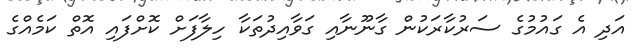
އަދި އެ ގައުމުގެ ސަރުކާރަކުން ގާނޫނާއި ގަވާއިދުތަކާ ހިލާފަށް ކޮށްފައި އޮތް ކަމެއްގެ